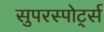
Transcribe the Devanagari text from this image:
सुपरस्पोर्ट्स